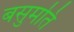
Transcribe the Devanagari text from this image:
बसुमति